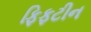
ફિફટીન